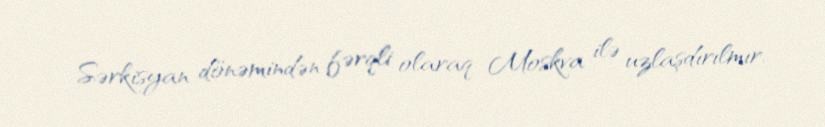
Sərkisyan dönəmindən fərqli olaraq Moskva ilə uzlaşdırılmır.